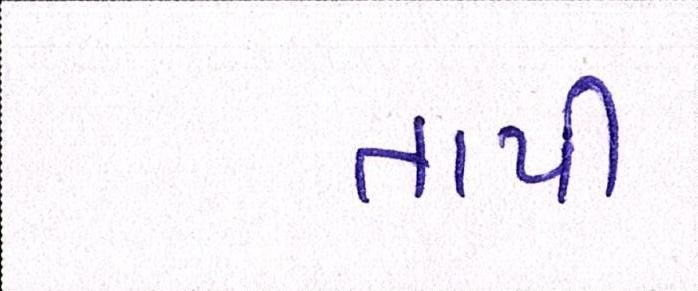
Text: તાપી